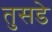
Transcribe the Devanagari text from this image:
तुसडे